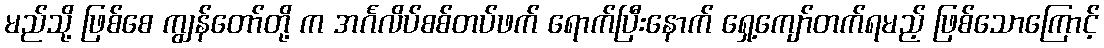
မည်သို့ ဖြစ်စေ ကျွန်တော်တို့ က အင်္ဂလိပ်စစ်တပ်ဖက် ရောက်ပြီးနောက် ရှေ့ကျော်တက်ရမည့် ဖြစ်သောကြောင့်